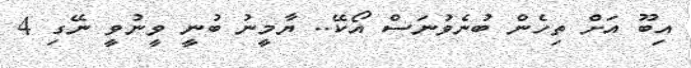
އިބޫ އަށް ތިހެން ބުނެވުނަސް އޯކޭ.. ޔާމީނު ބުނީ ވީނުވީ ނޭގި 4